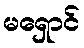
မရှောင်